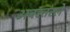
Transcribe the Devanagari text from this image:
अवरतरले